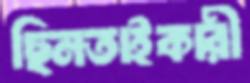
ছিনতাইকারী